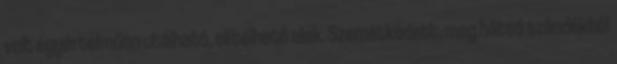
volt egyértelműen utálható, elítélhető alak. Szemétkedett, meg hátsó szándékból